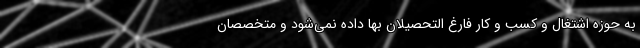
به حوزه اشتغال و کسب و کار فارغ التحصیلان بها داده نمی‌شود و متخصصان